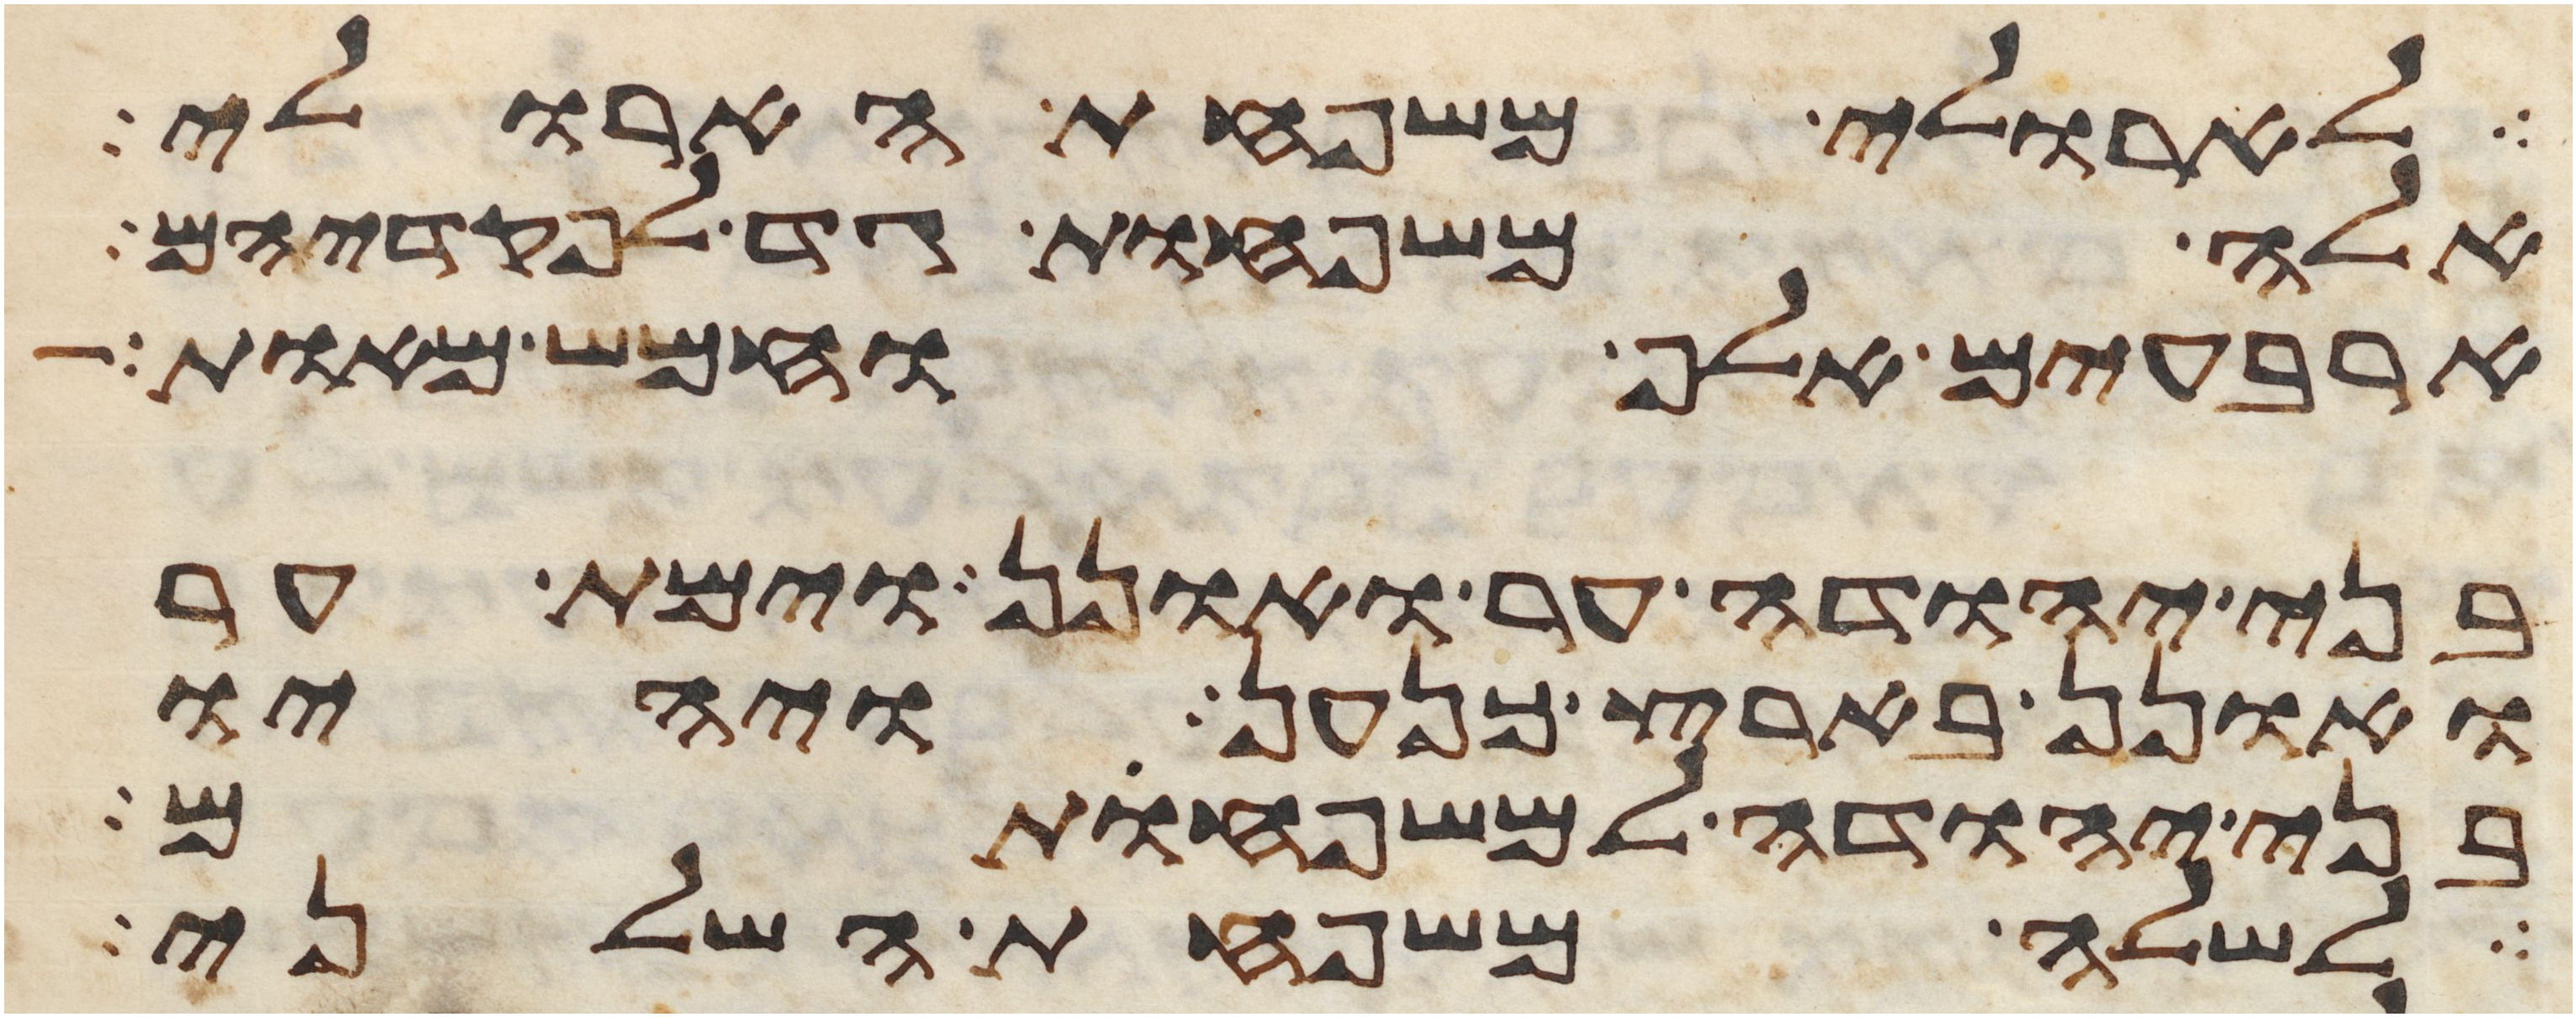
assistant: לארולי משפחת הארולי
אלה משפחות גד לפקדיהם
ארבעים אלף וחמש מאות
בני יהודה ער ואונן וימת ער
ואונן בארץ כנען ויהיו
בני יהודה למשפחותם
לשלה משפחת השלני